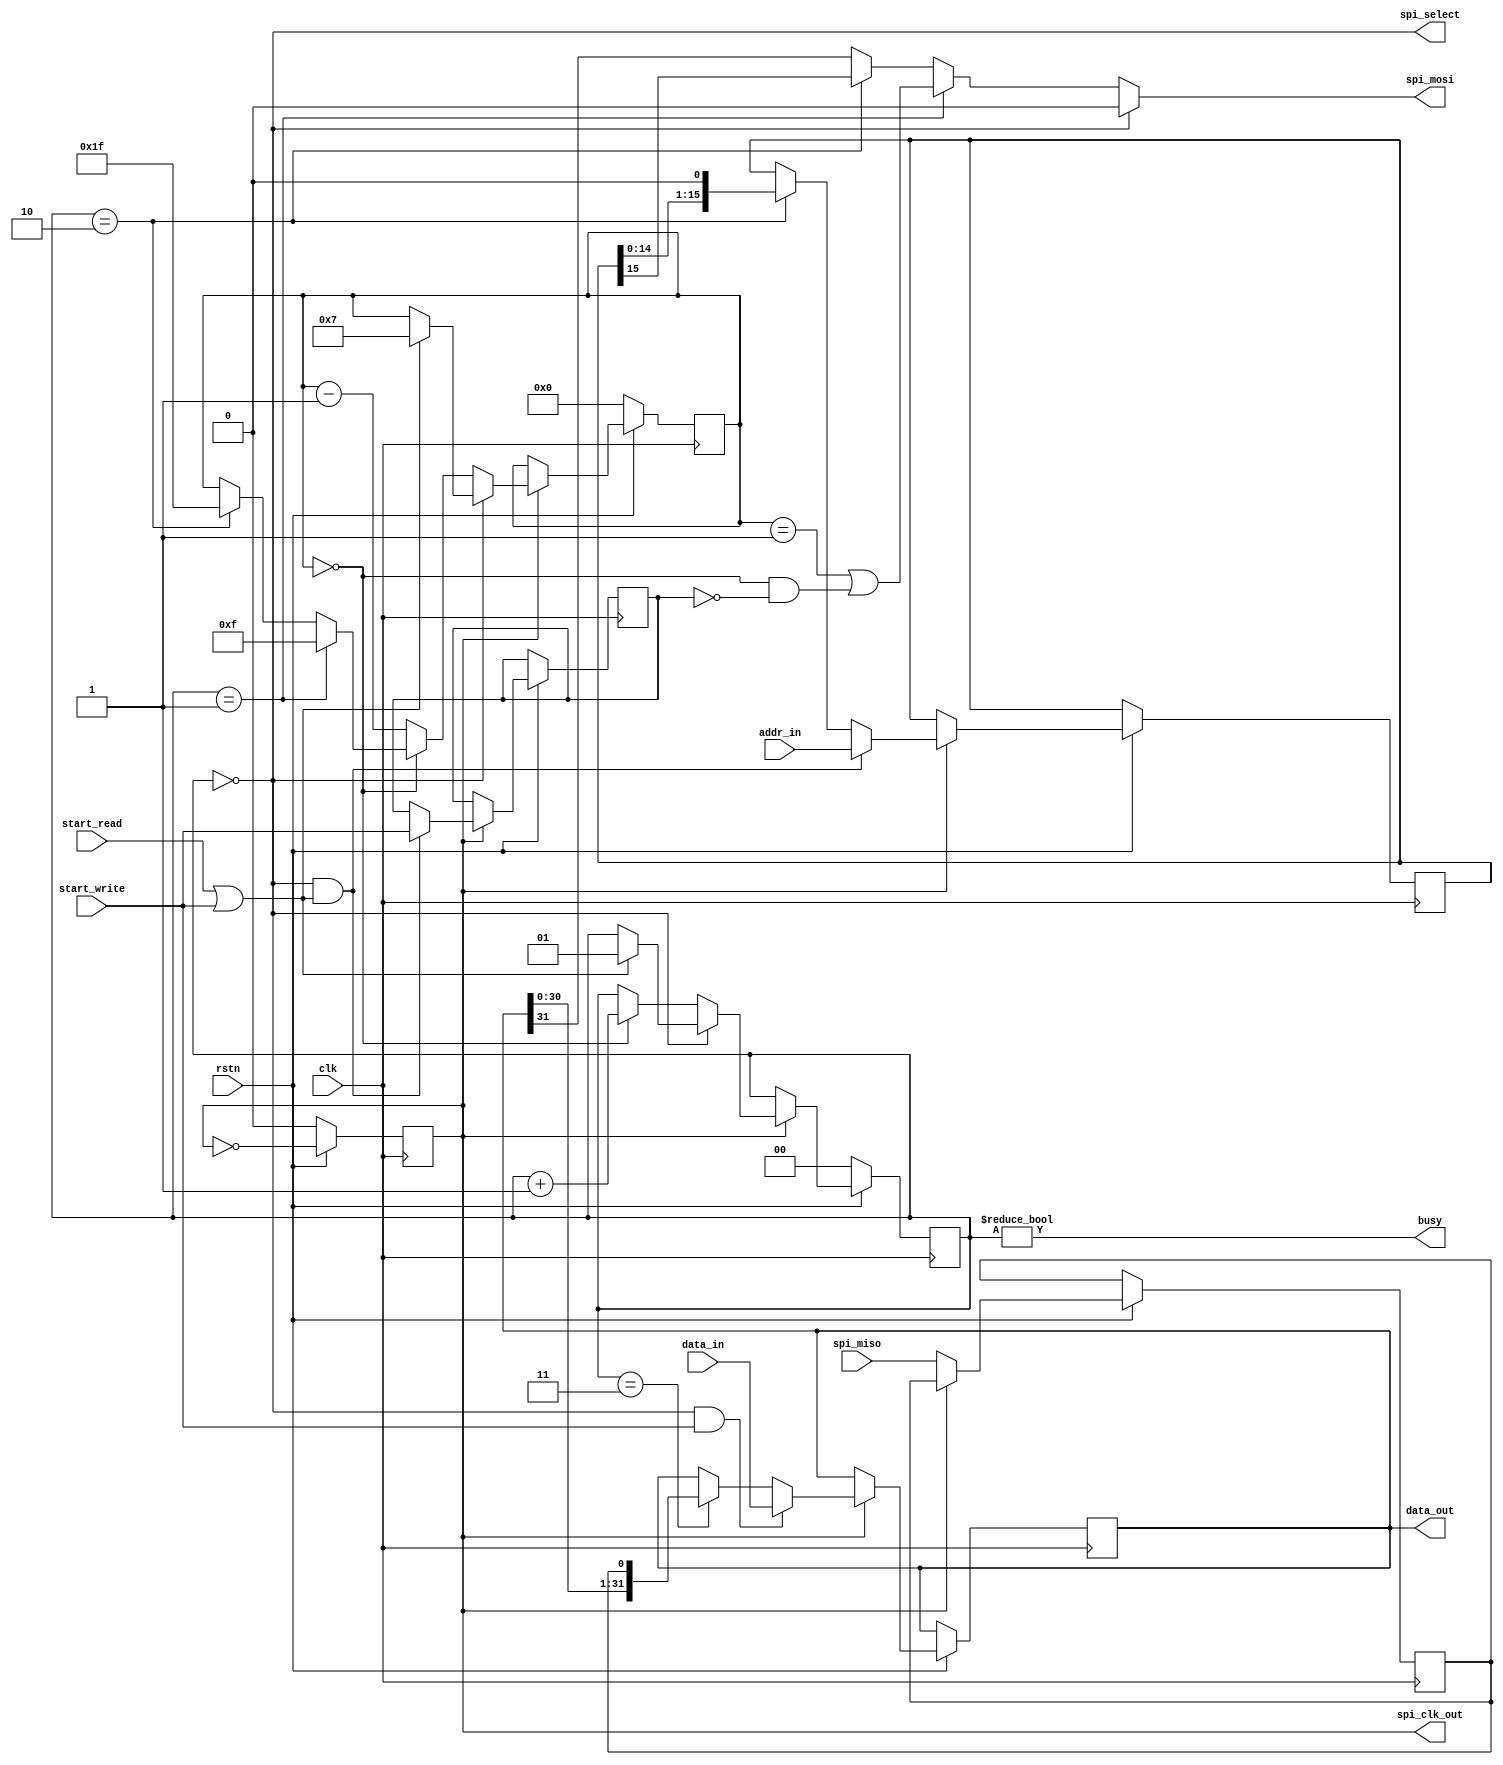
/* Copyright 2023 (c) Michael Bell

   A simple SPI RAM controller
   
   To perform a read:
   - Set addr_in and set start_read high for 1 cycle
   - Wait for busy to go low
   - The read data is now available on data_out

   To perform a write:
   - Set addr_in, data_in and set start_write high for 1 cycle
   - Wait for busy to go low before starting another operation

   If the controller is configured to transfer multiple bytes, then
   note that the word transferred in data_in/data_out is in big
   endian order, i.e. the byte with the lowest address is aligned to 
   the MSB of the word. 
   */
module spi_ram_controller #(parameter DATA_WIDTH_BYTES=4, parameter ADDR_BITS=16) (
    input clk,
    input rstn,

    // External SPI interface
    input  spi_miso,
    output spi_select,
    output reg spi_clk_out,
    output spi_mosi,

    // Internal interface for reading/writing data
    input [ADDR_BITS-1:0]           addr_in,
    input [DATA_WIDTH_BYTES*8-1:0]  data_in,
    input                           start_read,
    input                           start_write,
    output [DATA_WIDTH_BYTES*8-1:0] data_out,
    output                          busy
);

`define max(a, b) (a > b) ? a : b

    localparam DATA_WIDTH_BITS = DATA_WIDTH_BYTES * 8;

    localparam FSM_IDLE = 0;
    localparam FSM_CMD  = 1;
    localparam FSM_ADDR = 2;
    localparam FSM_DATA = 3;

    reg [1:0] fsm_state;
    reg writing;
    reg spi_miso_buf;
    reg [ADDR_BITS-1:0]       addr;
    reg [DATA_WIDTH_BITS-1:0] data;
    reg [$clog2(`max(DATA_WIDTH_BITS,ADDR_BITS))-1:0] bits_remaining;

    assign data_out = data;
    assign busy = fsm_state != FSM_IDLE;

    always @(posedge clk) begin
        if (!rstn) begin
            fsm_state <= FSM_IDLE;
            bits_remaining <= 0;
            spi_clk_out <= 0;
        end else begin
            spi_clk_out <= ~spi_clk_out;
            if (spi_clk_out) begin
                if (fsm_state == FSM_IDLE) begin
                    if (start_read || start_write) begin
                        fsm_state <= FSM_CMD;
                        bits_remaining <= 8-1;
                    end
                end else begin
                    if (bits_remaining == 0) begin
                        fsm_state <= fsm_state + 1;
                        if (fsm_state == FSM_CMD)       bits_remaining <= ADDR_BITS-1;
                        else if (fsm_state == FSM_ADDR) bits_remaining <= DATA_WIDTH_BITS-1;
                    end else begin
                        bits_remaining <= bits_remaining - 1;
                    end
                end

                if (fsm_state == FSM_IDLE && (start_read || start_write)) begin
                    addr <= addr_in;
                    writing <= start_write;
                end else if (fsm_state == FSM_ADDR) begin
                    addr <= {addr[ADDR_BITS-2:0], 1'b0};
                end

                if (fsm_state == FSM_IDLE && start_write) begin
                    data <= data_in;
                end else if (fsm_state == FSM_DATA) begin
                    data <= {data[DATA_WIDTH_BITS-2:0], spi_miso_buf};
                end
            end else begin
                spi_miso_buf <= spi_miso;
            end
        end
    end

    assign spi_select = fsm_state == FSM_IDLE;

    assign spi_mosi = fsm_state == FSM_IDLE ? 1'b0 :
                      fsm_state == FSM_CMD  ? (bits_remaining == 1 || (bits_remaining == 0 && !writing)) :
                      fsm_state == FSM_ADDR ? addr[ADDR_BITS-1] :
                                              data[DATA_WIDTH_BITS-1];

endmodule